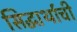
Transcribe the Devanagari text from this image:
सिद्धार्थाची